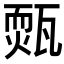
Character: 𤮁